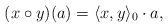
LaTeX: \begin{align*}(x\circ y)(a) = \langle x,y\rangle_0\cdot a,\end{align*}